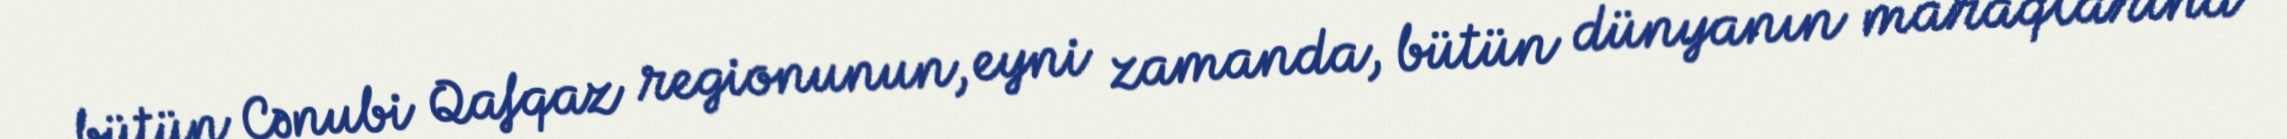
bütün Cənubi Qafqaz regionunun, eyni zamanda, bütün dünyanın maraqlarına